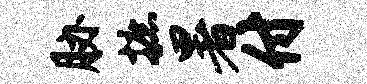
胁摭暑付